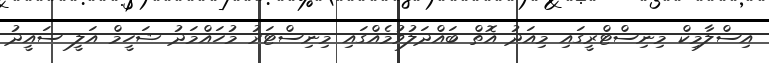
އިސްލާމިކް މިނިސްޓްރީގައި މިއަދު އޮތް ބައްދަލުވުމެއްގައި މިނިސްޓަރު މުހައްމަދު ޝަހީމް އަލީ ސައީދު